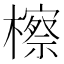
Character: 檫